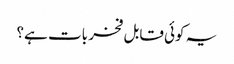
یہ کوئی قابل فخر بات ہے؟